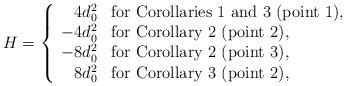
LaTeX: \begin{align*}H = \left\{\begin{array}{rl}4d^{2}_{0} & {\mbox{\rm for Corollaries 1 and 3 (point 1),}} \\-4d^{2}_{0} & {\mbox{\rm for Corollary 2 (point 2),}} \\-8d^{2}_{0} & {\mbox{\rm for Corollary 2 (point 3),}} \\8d^{2}_{0} & {\mbox{\rm for Corollary 3 (point 2),}}\end{array} \right.\end{align*}